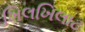
ખિલખિલાટ